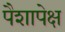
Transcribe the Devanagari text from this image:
पैशापेक्ष